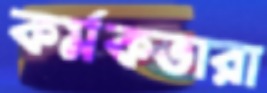
কর্মকতারা